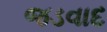
જડવાદ